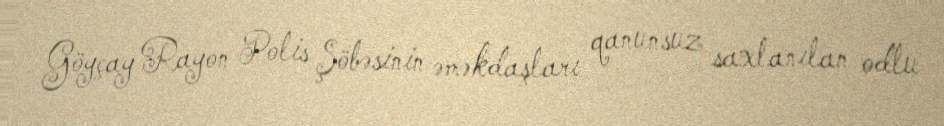
Göyçay Rayon Polis Şöbəsinin əməkdaşları qanunsuz saxlanılan odlu